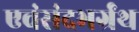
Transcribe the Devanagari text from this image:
एवंसंदभर्ग्रंथ